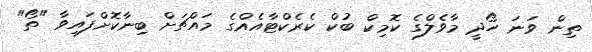
ތިން ވަނަ ހޯދީ މާވެލްގެ ކޮމިކް ބުކް ކެރެކްޓާއެއްގެ މައްޗަށް ބިނާކޮށްފައިވާ "ތޯ"